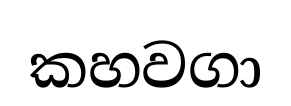
කහවගා